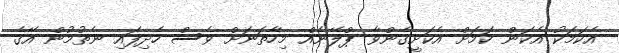
އެކަމަކު އެކަން ކަމަށް އެކަށީގެންވާ ޕްލޭނެއް މިހާތަނަށް ވެސް ހެދިފައި ނެތުމުން އޭގެ